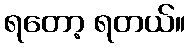
ရတော့ ရတယ်။